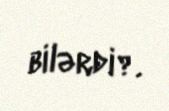
bilərdi?.